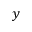
y